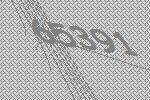
65391